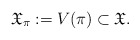
\begin{align*}\mathfrak X_\pi := V(\pi) \subset \mathfrak X.\end{align*}